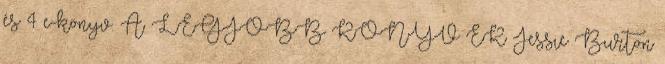
és 4 e-könyv. A LEGJOBB KÖNYV EK Jessie Burton